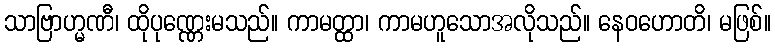
သာဗြာဟ္မဏီ၊ ထိုပုဏ္ဏေးမသည်။ ကာမတ္ထာ၊ ကာမဟူသောအလိုသည်။ နေဝဟောတိ၊ မဖြစ်။